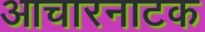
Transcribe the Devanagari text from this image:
आचारनाटक